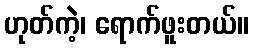
ဟုတ်ကဲ့၊ ရောက်ဖူးတယ်။